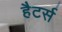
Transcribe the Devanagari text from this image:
हैटर्स